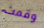
وقمت